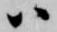
ハ